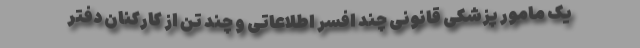
یک مامور پزشکی قانونی چند افسر اطلاعاتی و چند تن از کارکنان دفتر